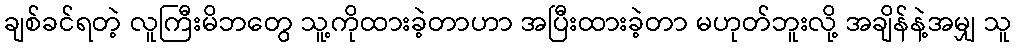
ချစ်ခင်ရတဲ့ လူကြီးမိဘတွေ သူ့ကိုထားခဲ့တာဟာ အပြီးထားခဲ့တာ မဟုတ်ဘူးလို့ အချိန်နဲ့အမျှ သူ